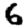
Digit: 6